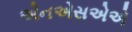
એનએસએએ